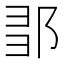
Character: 𨛃